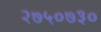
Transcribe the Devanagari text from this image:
२७५०७३०